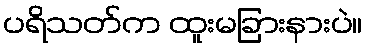
ပရိသတ်က ထူးမခြားနားပဲ။